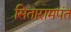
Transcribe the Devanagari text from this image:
सितारामपंत